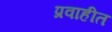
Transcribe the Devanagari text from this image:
प्रवाहीत